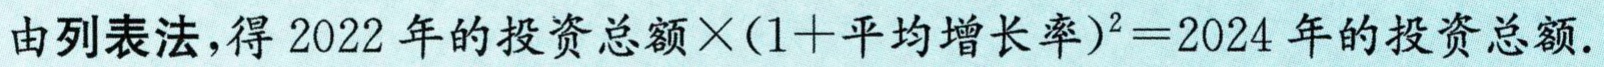
由列表法，得 \(2022\) 年的投资总额\(\times(1 + \text{平均增长率})^{2}=2024\) 年的投资总额.